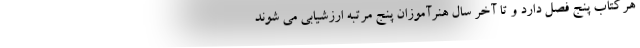
هرکتاب پنج فصل دارد و تا آخر سال هنرآموزان پنج مرتبه ارزشیابی می شوند